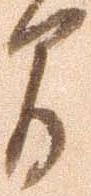
間